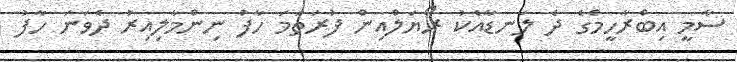
ސާމީ އިބްރާހީމްގެ ދެ ލަނޑާއެކު ރޯޔަލްއިން ފުރަތަމަ ހާފު ނިންމާލިއިރު ދެވަނަ ހާފު